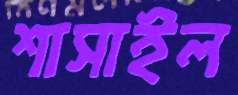
শাসাইল